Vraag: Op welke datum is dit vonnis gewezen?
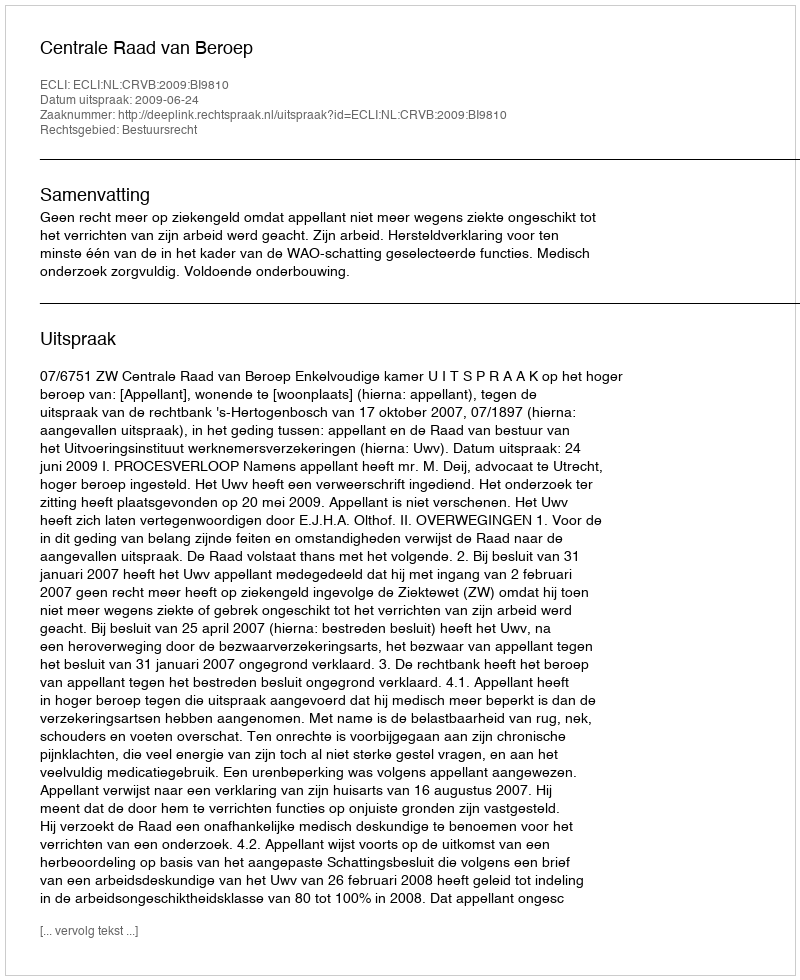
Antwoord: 2009-06-24